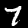
Label: 7